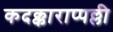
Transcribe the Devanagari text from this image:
कदक्काराप्पल्ली